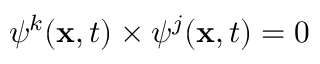
\psi ^ { k } ( \mathbf { x } , t ) \times \psi ^ { j } ( \mathbf { x } , t ) = 0